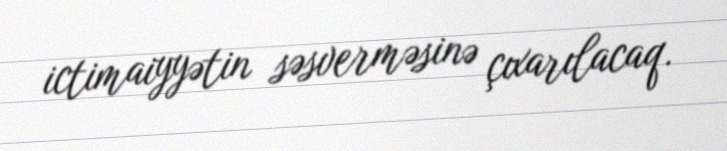
ictimaiyyətin səsverməsinə çıxarılacaq.